Annual report of the Imperial Bacteriological Laboratory, Muktesar
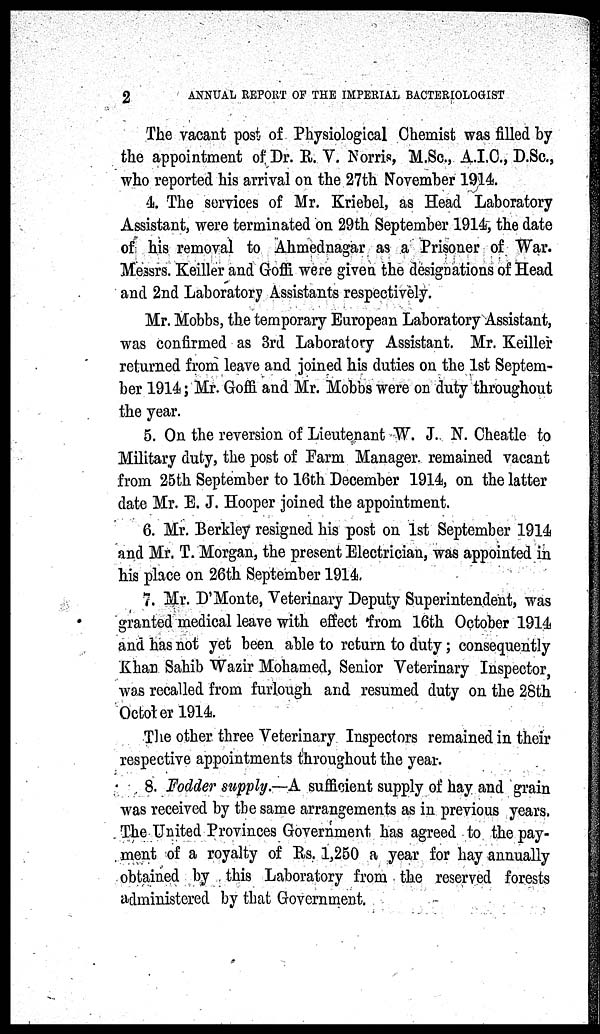
2
ANNUAL REPORT OF THE IMPERIAL BACTERIOLOGIST
The vacant post of Physiological Chemist was filled by
the appointment of Dr. R. V. Norris, M.Sc., A.I.C., D.Sc.,
who reported his arrival on the 27th November 1914.
4. The services of Mr. Kriebel, as Head Laboratory
Assistant, were terminated on 29th September 1914, the date
of his removal to Ahmednagar as a Prisoner of War.
Messrs. Keiller and Goffi were given the designations of Head
and 2nd Laboratory Assistants respectively.
Mr. Mobbs, the temporary European Laboratory Assistant,
was confirmed as 3rd Laboratory Assistant. Mr. Keiller
returned from leave and joined his duties on the 1st Septem-
ber 1914 ; Mr. Goffi and Mr. Mobbs were on duty throughout
the year.
5. On the reversion of Lieutenant W. J. N. Cheatle to
Military duty, the post of Farm Manager remained vacant
from 25th September to 16th December 1914, on the latter
date Mr. E. J. Hooper joined the appointment.
6. Mr. Berkley resigned his post on 1st September 1914
and Mr. T. Morgan, the present Electrician, was appointed in
his place on 26th September 1914.
7. Mr. D'Monte, Veterinary Deputy Superintendent, was
granted medical leave with effect from 16th October 1914
and has not yet been able to return to duty ; consequently
Khan Sahib Wazir Mohamed, Senior Veterinary Inspector,
was recalled from furlough and resumed duty on the 28th
October 1914.
The other three Veterinary Inspectors remained in their
respective appointments throughout the year.
8. Fodder supply.—A sufficient supply of hay and grain
was received by the same arrangements as in previous years.
The United Provinces Government has agreed to the pay-
ment of a royalty of Rs. 1,250 a year for hay annually
obtained by this Laboratory from the reserved forests
administered by that Government.